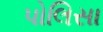
પોલિસા